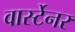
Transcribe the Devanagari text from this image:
वार्स्टेनर